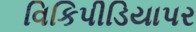
વિકિપીડિયાપર